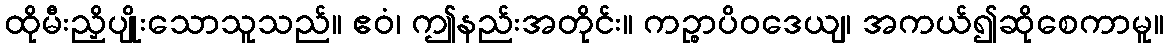
ထိုမီးညှိပျိုးသောသူသည်။ ဧဝံ၊ ဤနည်းအတိုင်း။ ကဉ္စာပိဝဒေယျ၊ အကယ်၍ဆိုစေကာမူ။